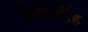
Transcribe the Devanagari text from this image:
विकणेंहि